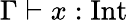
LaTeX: \Gamma\vdash x:{\mathrm{Int}}